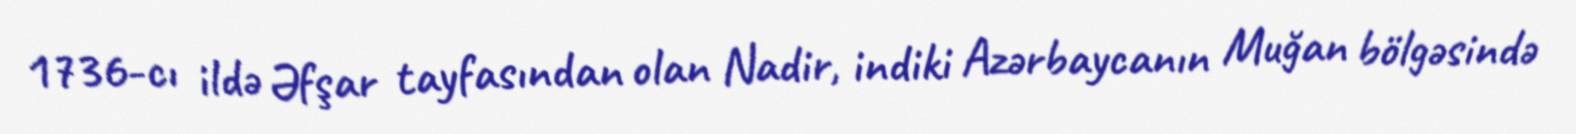
1736-cı ildə Əfşar tayfasından olan Nadir, indiki Azərbaycanın Muğan bölgəsində